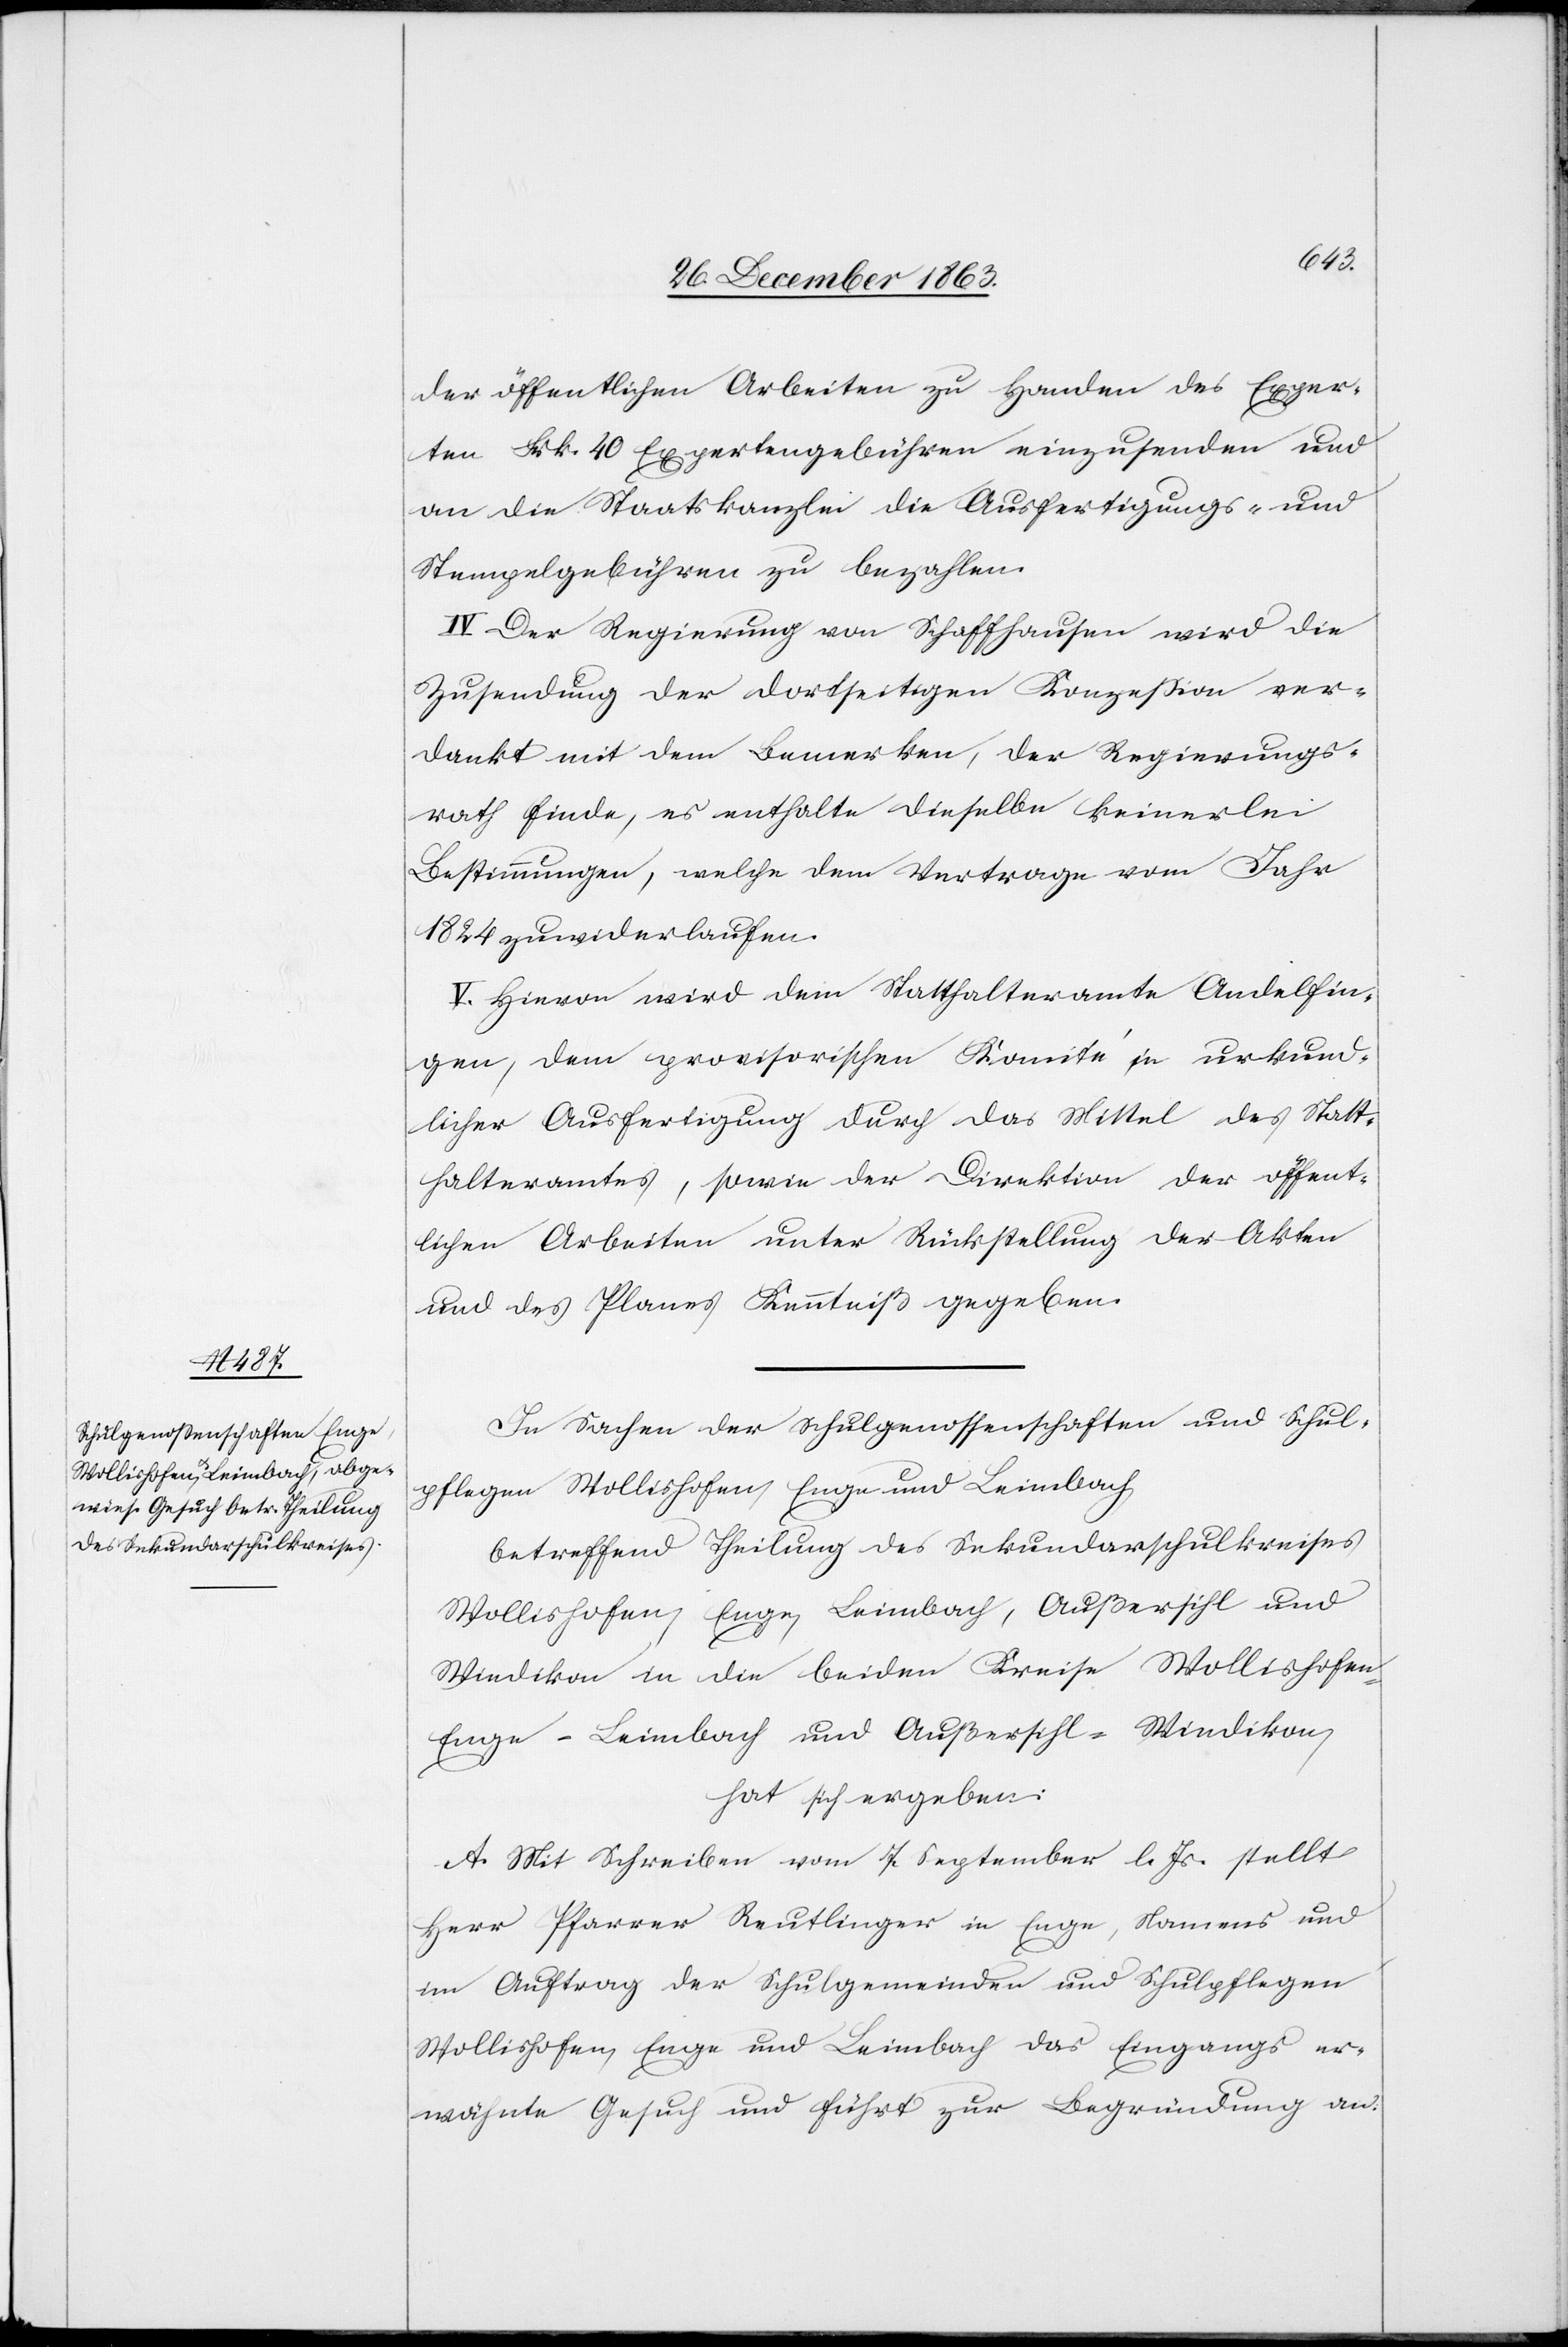
In Sachen der Schulgenossenschaft und Schul¬
pflegen Wollishofen, Enge und Leimbach,
betreffend Theilung des Sekundarschulkreises
Wollishofen, Enge, Leimbach, Außersihl und
Wiedikon in die beiden Kreise Wollishofe¬
n-Enge-Leimbach und Außersihl-Wiedikon,
hat sich ergeben:
A. Mit Schreiben vom 7. September l. Js. stellt
Herr Pfarrer Reutlinger in Enge, Namens und
im Auftrag der Schulgemeinden und Schulpflegen
Wollishofen, Enge und Leimbach das Eingangs er¬
wähnte Gesuch und führt zur Begründung an: